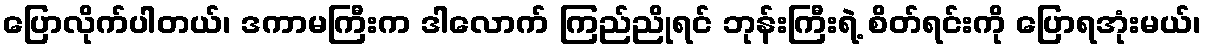
ပြောလိုက်ပါတယ်၊ ဒကာမကြီးက ဒါလောက် ကြည်ညိုရင် ဘုန်းကြီးရဲ့ စိတ်ရင်းကို ပြောရအုံးမယ်၊